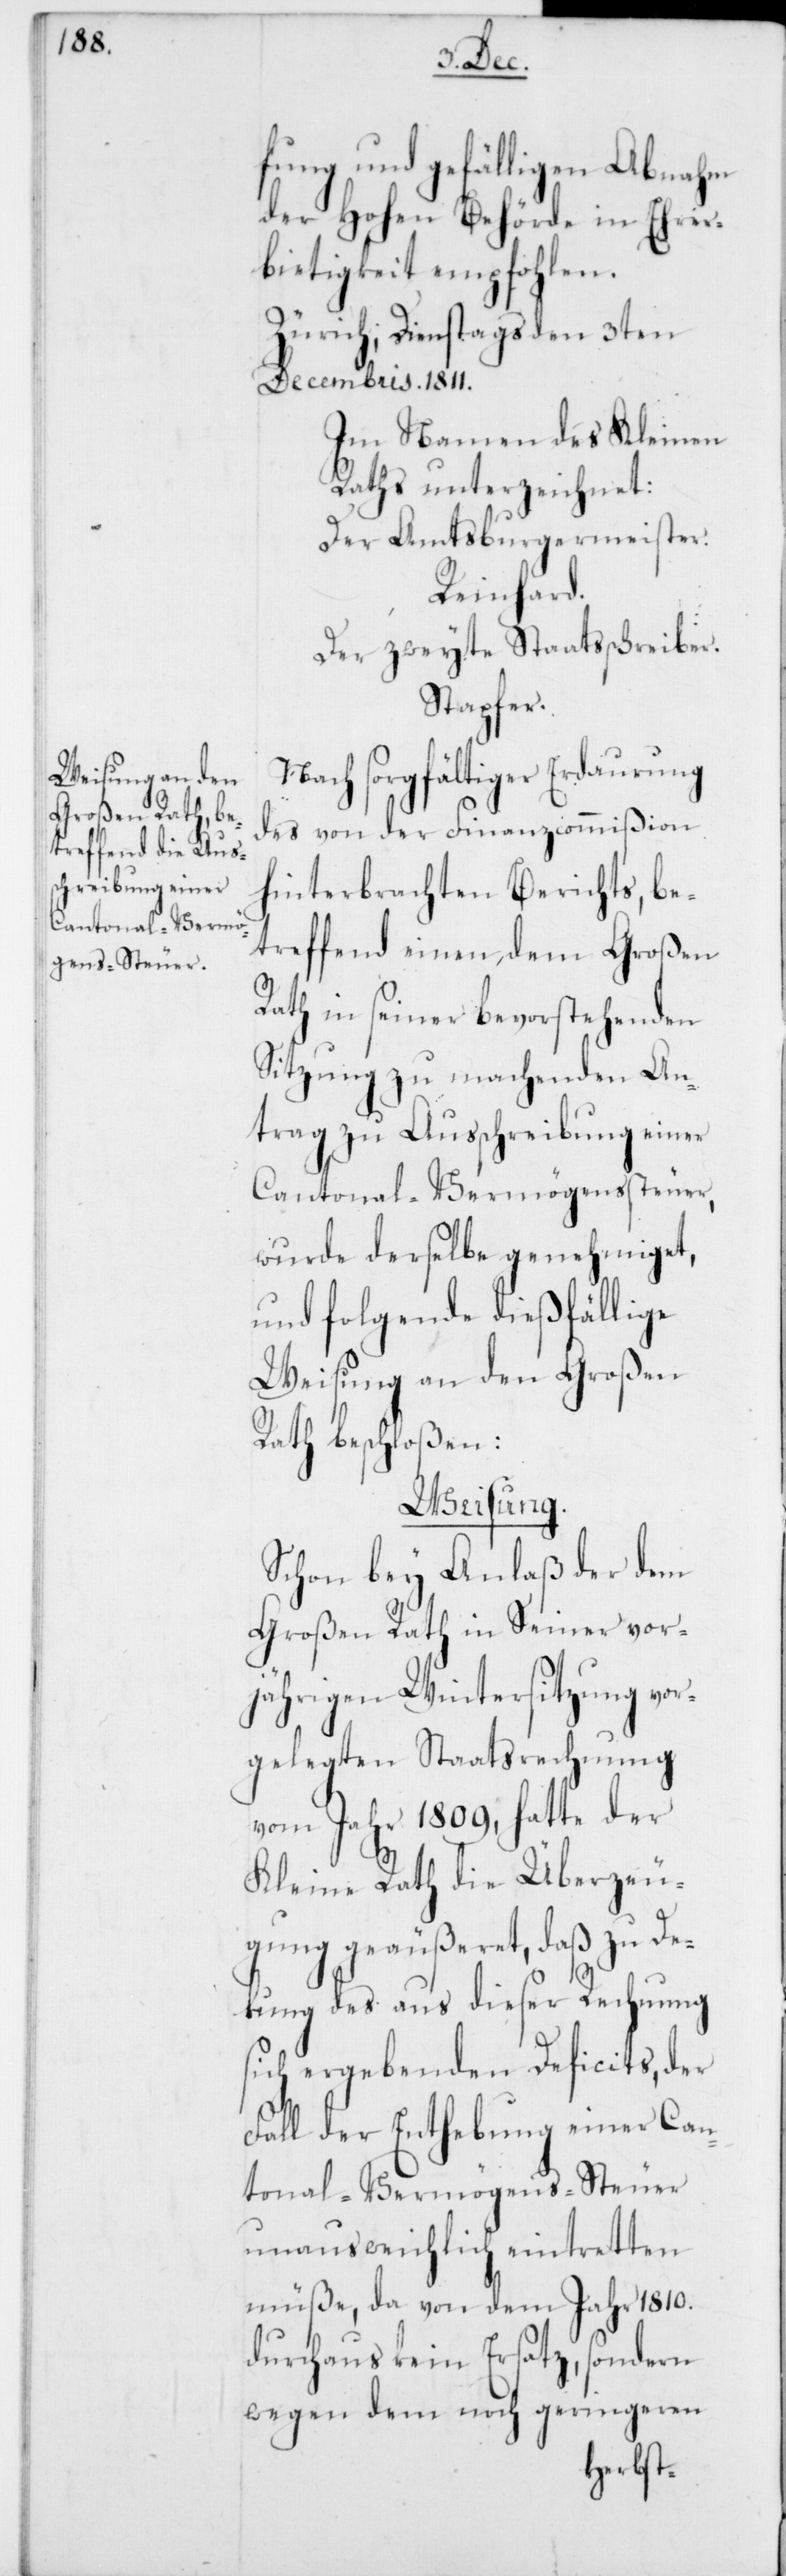
fung und gefälligen Abnahme
der Hohen Behörde in Ehrer¬
bietigkeit empfohlen.
Zürich, Dienstags den 3ten
Decembris. 1811.
Im Namen des Kleinen
Raths unterzeichnet:
Der Amtsburgermeister.
Reinhard.
Der zweyte Staatsschreiber.
Stapfer.
Nach sorgfältiger Erdaurung
des von der Finanzcommißion
hinterbrachten Berichts, be¬
treffend einen, dem Großen
Rath in seiner bevorstehenden
Sitzung zu machenden An¬
trag zu Ausschreibung einer
Cantonal-Vermögenssteuer,
wurde derselbe genehmiget,
und folgende dießfällige
Weisung an den Großen
Rath beschloßen:
Weisung.
Schon bey Anlaß der dem
Großen Rath in Seiner vor¬
jährigen Wintersitzung vor¬
gelegten Staatsrechnung
vom Jahr 1809, hatte der
Kleine Rath die Überzeu¬
gung geäußeret, daß zu De¬
kung des aus dieser Rechnung
sich ergebenden Deficits, der
Fall der Enthebung einer Can¬
tonal-Vermögens-Steuer
unausweichlich eintretten
müße, da von dem Jahr 1810.
durchaus kein Ersatz, sondern
wegen dem noch geringeren